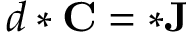
d * \mathbf { C } = * \mathbf { J }